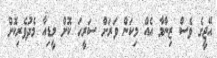
އޭޖީގެ ވެސް ޒިންމާ އެއް މިކަން ވަރަށް ސަރީހަ ކޮށް މީޑިއާ މެދުވެރިކޮށް